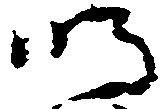
明